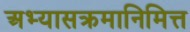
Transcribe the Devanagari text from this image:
अभ्यासक्रमानिमित्त